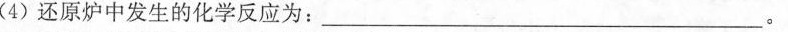
(4)还原炉中发生的化学反应为：___。